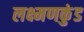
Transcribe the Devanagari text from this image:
लक्ष्मणकुंड